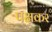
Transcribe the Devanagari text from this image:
पक्षकर